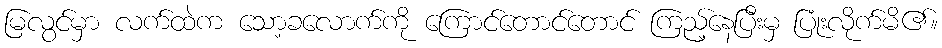
မြလွင်မှာ လက်ထဲက သော့ခလောက်ကို ကြောင်တောင်တောင် ကြည့်နေပြီးမှ ပြုံးလိုက်မိ၏။